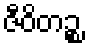
ဇီဝိတဉ္စ